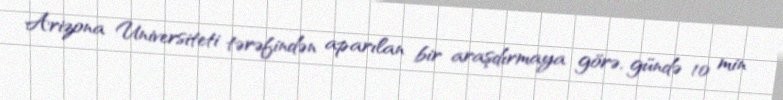
Arizona Universiteti tərəfindən aparılan bir araşdırmaya görə, gündə 10 min